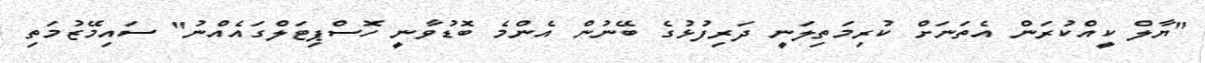
"ޔާލް ކީއްކުރަން އެތަނަށް ކުރިމަތިލަނީ ދަރިފުޅުގެ ބޭނުން އެންމެ ބޮޑުވާނީ ހޮސްޕިޓަލްގައެއްނު" ސައިމޭޒުމަތި